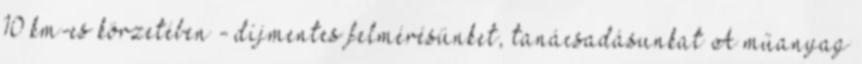
10 km-es körzetében - díjmentes felmérésünket, tanácsadásunkat A műanyag